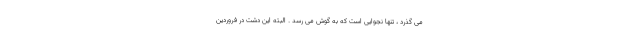
می گذرد ، تنها نجوایی است که به گوش می رسد . البته این دشت در فروردین